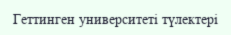
Геттинген университеті түлектері